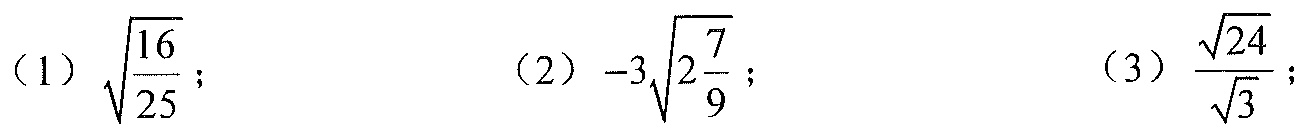
(1) \(\sqrt{\dfrac{16}{25}}\); (2) \(-3\sqrt{2\dfrac{7}{9}}\); (3) \(\dfrac{\sqrt{24}}{\sqrt{3}}\);